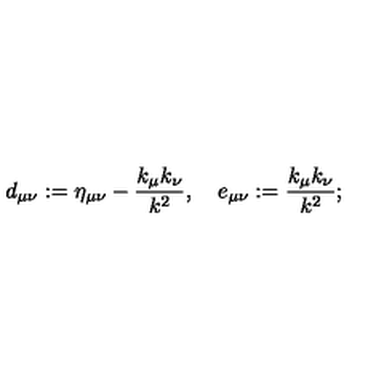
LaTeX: d _ { \mu \nu } : = \eta _ { \mu \nu } - \frac { k _ { \mu } k _ { \nu } } { k ^ { 2 } } , \quad e _ { \mu \nu } : = \frac { k _ { \mu } k _ { \nu } } { k ^ { 2 } } ;